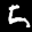
Label: 5